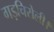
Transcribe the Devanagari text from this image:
गड़चिरोली।